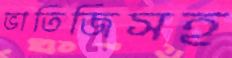
ভাতিজিসহ